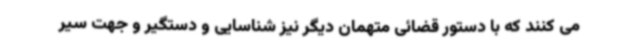
می کنند که با دستور قضائی متهمان دیگر نیز شناسایی و دستگیر و جهت سیر